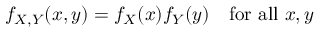
f _ { X , Y } ( x , y ) = f _ { X } ( x ) f _ { Y } ( y ) \quad { \mathrm { f o r ~ a l l ~ } } x , y